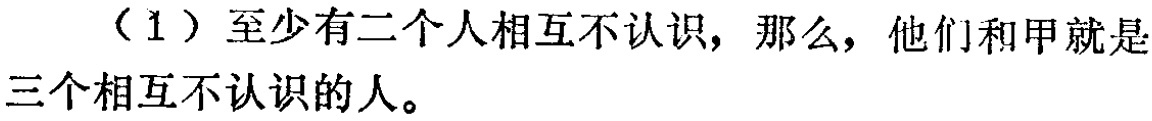
（1）至少有二个人相互不认识，那么，他们和甲就是三个相互不认识的人。